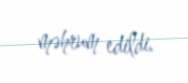
məhrum edildi.